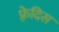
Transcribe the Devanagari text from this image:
फ़्रेदिस